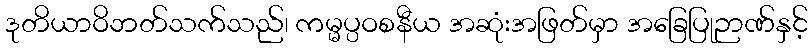
ဒုတိယာဝိဘတ်သက်သည်၊ ကမ္မပ္ပဝစနီယ အဆုံးအဖြတ်မှာ အခြေပြုဉာဏ်နှင့်